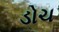
ડોચ